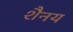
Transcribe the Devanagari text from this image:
शैनय